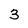
Character: 3